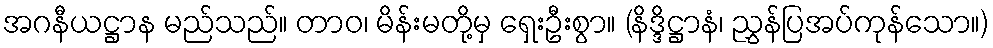
အဂနီယဋ္ဌာန မည်သည်။ တာဝ၊ မိန်းမတို့မှ ရှေးဦးစွာ။ (နိဒ္ဒိဋ္ဌာနံ၊ ညွှန်ပြအပ်ကုန်သော။)